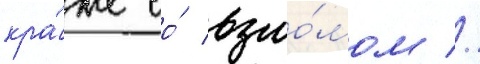
кра́же со́ взло́мом //